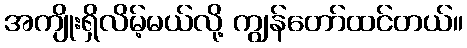
အကျိုးရှိလိမ့်မယ်လို့ ကျွန်တော်ထင်တယ်။